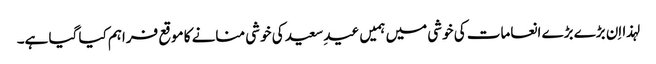
لہذا اِن بڑے بڑے انعامات کی خوشی میں ہمیں عیدِ سعید کی خوشی منانے کا موقع فراہم کیا گیا ہے۔